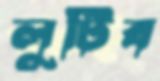
লুটিব